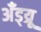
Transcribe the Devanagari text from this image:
अँड्य्रू